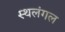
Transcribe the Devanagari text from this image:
स्थलंगल